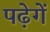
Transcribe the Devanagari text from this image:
पढ़ेगें